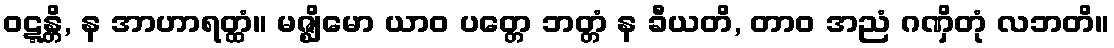
ဝဋ္ဋန္တိ, န အာဟာရတ္ထံ။ မဇ္ဈိမော ယာဝ ပတ္တေ ဘတ္တံ န ခီယတိ, တာဝ အညံ ဂဏှိတုံ လဘတိ။